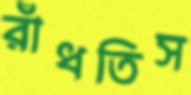
রাঁধতিস